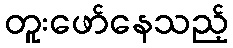
တူးဖော်နေသည့်